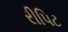
રીપિટ